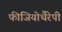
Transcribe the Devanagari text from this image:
फीजियोथैरेपी